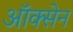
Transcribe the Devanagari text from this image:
ऑक्सेन